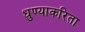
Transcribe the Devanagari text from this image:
धुण्याकरिता